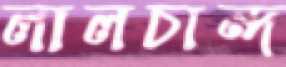
লালচান্দ